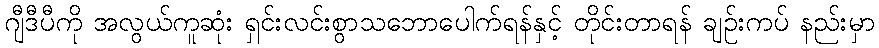
ဂျီဒီပီကို အလွယ်ကူဆုံး ရှင်းလင်းစွာသဘောပေါက်ရန်နှင့် တိုင်းတာရန် ချဉ်းကပ် နည်းမှာ